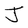
Character: J